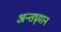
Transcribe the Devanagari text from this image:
अन्तघ्र्यान